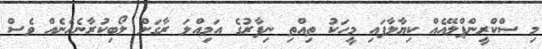
މި ސްކްރީންޕްލޭއެއް ކިޔާލާފައި މީހަކު ތިއްތި ނިފާރުގެ އަމިއްލަ ރާގަށް ލޯބިކުރާނެހެނެއް ވެސް